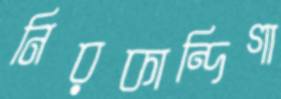
নিরকান্দিগা